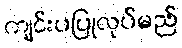
ကျင်းပပြုလုပ်မည်